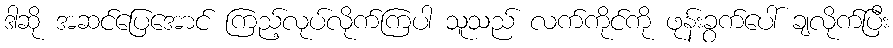
ဒါဆို အဆင်ပြေအောင် ကြည့်လုပ်လိုက်ကြပါ သူသည် လက်ကိုင်ကို ဖုန်းခွက်ပေါ် ချလိုက်ပြီး